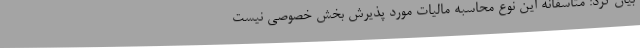
بیان کرد: متاسفانه این نوع محاسبه مالیات مورد پذیرش بخش خصوصی نیست